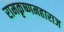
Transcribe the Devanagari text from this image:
रामकृष्णमहाराज